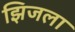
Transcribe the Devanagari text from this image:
झिजला